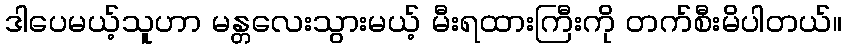
ဒါပေမယ့်သူဟာ မန္တလေးသွားမယ့် မီးရထားကြီးကို တက်စီးမိပါတယ်။